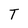
Character: T